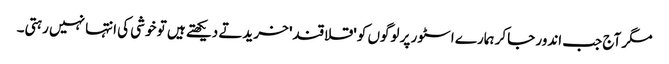
مگر آج جب اندور جاکر ہمارے اسٹور پر لوگوں کو 'قلاقند' خریدتے دیکھتے ہیں تو خوشی کی انتہا نہیں رہتی۔